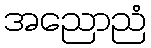
အညောညံ